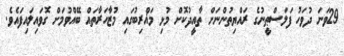
29ވަނަ ދުވަހު ފަލަސްޠީނުގެ ރައްޔިތުންނަށް ތާއީދުކޮށް މުޅި މަޣްރިބުގައި މުޒާހަރާތައް ބޭއްވުމަށް ގޮވައިލައިފައެވެ.